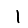
Digit: 1